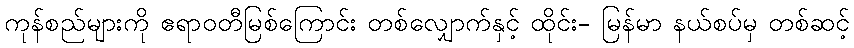
ကုန်စည်များကို ဧရာဝတီမြစ်ကြောင်း တစ်လျှောက်နှင့် ထိုင်း- မြန်မာ နယ်စပ်မှ တစ်ဆင့်